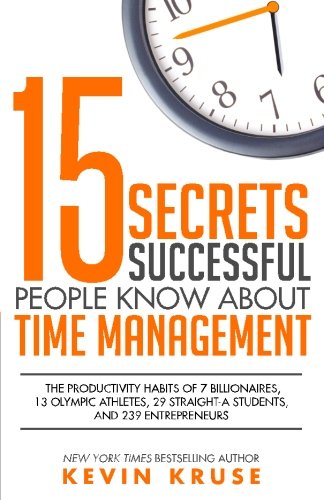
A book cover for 15 Secrets Successful People Know About Time Management: The Productivity Habits of 7 Billionaires, 13 Olympic Athletes, 29 Straight-A Students, and 239 Entrepreneurs; Kevin Kruse; Business & Money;